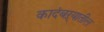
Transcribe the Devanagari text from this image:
कादंबऱ्यातील